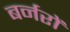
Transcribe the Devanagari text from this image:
बर्नरों